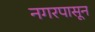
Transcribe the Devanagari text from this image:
नगरपासून